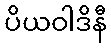
ပိယဝါဒိနီ